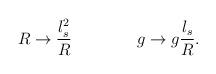
LaTeX: \begin{align*}R \rightarrow {l_s^2 \over R} \qquad \qquad g \rightarrow g{l_s \over R}.\end{align*}